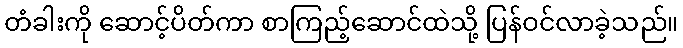
တံခါးကို ဆောင့်ပိတ်ကာ စာကြည့်ဆောင်ထဲသို့ ပြန်ဝင်လာခဲ့သည်။